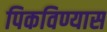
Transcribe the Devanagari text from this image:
पिकविण्यास